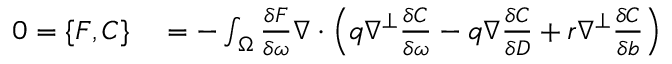
\begin{array} { r l } { 0 = \{ F , C \} } & { { } = - \int _ { \Omega } \frac { \delta F } { \delta \omega } \nabla \cdot \left( q \nabla ^ { \perp } \frac { \delta C } { \delta \omega } - q \nabla \frac { \delta C } { \delta D } + r \nabla ^ { \perp } \frac { \delta C } { \delta b } \right) } \end{array}